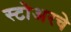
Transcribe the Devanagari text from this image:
स्टोअरचे